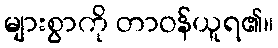
များစွာကို တာဝန်ယူရ၏။